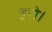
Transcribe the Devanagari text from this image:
डरो।